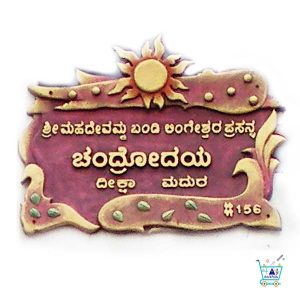
Language: kannada
Transcription: ಬಂಡಿ ಲಿಂಗೇಶ್ವರ ಪ್ರಸನ್ನ ದೀಕ್ಷಾ ಶ್ರೀಮಹದೇವಮ್ಮ ಚಂದ್ರೋದಯ ಮದುರ